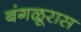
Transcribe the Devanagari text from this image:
बंगळूरास